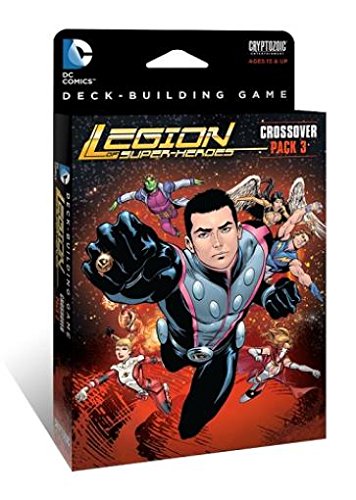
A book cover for Dc Comics Deck Building Game Crossover Expansion Pack 3 Legion of Super-heroes; Science Fiction & Fantasy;